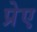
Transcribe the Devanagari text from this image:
प्रेए